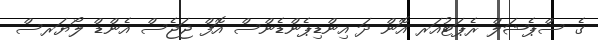
ގެ ސްޕެޝަލް ރެޕަޓުއަރ އޮން ދަ އިންޑިޕެންޑެންސް އޮފް ޖަޖެސް އެންޑް ލޯޔަރސް